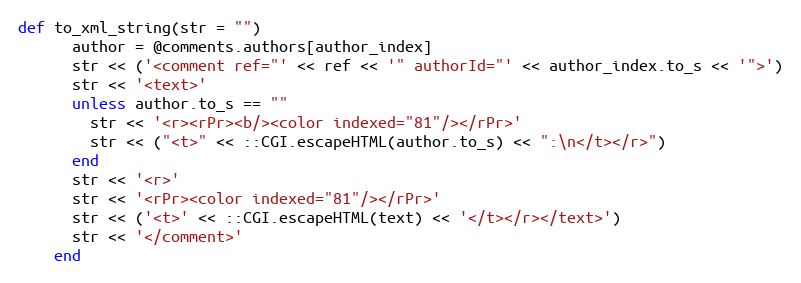
Language: Ruby
def to_xml_string(str = "")
      author = @comments.authors[author_index]
      str << ('<comment ref="' << ref << '" authorId="' << author_index.to_s << '">')
      str << '<text>'
      unless author.to_s == ""
        str << '<r><rPr><b/><color indexed="81"/></rPr>'
        str << ("<t>" << ::CGI.escapeHTML(author.to_s) << ":\n</t></r>")
      end
      str << '<r>'
      str << '<rPr><color indexed="81"/></rPr>'
      str << ('<t>' << ::CGI.escapeHTML(text) << '</t></r></text>')
      str << '</comment>'
    end